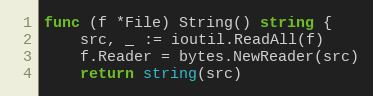
Language: Go
func (f *File) String() string {
	src, _ := ioutil.ReadAll(f)
	f.Reader = bytes.NewReader(src)
	return string(src)